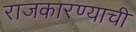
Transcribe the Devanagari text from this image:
राजकारण्याची